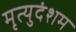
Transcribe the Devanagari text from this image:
मृत्युदंशम